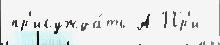
пр'исужда́ть А Пр'и